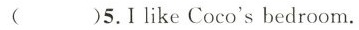
( )5.I like Coco's bedroom.